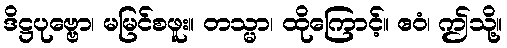
ဒိဋ္ဌပုဗ္ဗော၊ မမြင်စဖူး။ တသ္မာ၊ ထိုကြောင့်။ ဧဝံ၊ ဤသို့။